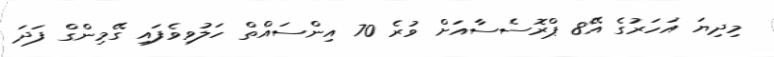
މިދިޔަ އަހަރުގެ އޭ8 ޕްރޮސެސާއަށް ވުރެ 70 އިންސައްތް ހަލުވިވެފައި ގޭމިންގް ފަދަ